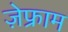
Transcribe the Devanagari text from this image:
ज़ेफ्राम